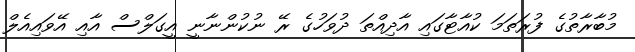
މުބާރާތުގެ ފުރަތަމަ ކުއާޓާގައި އާދިއްތަ ދުވަހުގެ ރޭ ނުކުންނާނީ އީގަލްސް އާއި އޭވައިއެލް